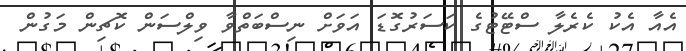
އެއާ އެކު ކެރެލާ ސްޓޭޓުގެ ކަސަރުގޮޑަ އަވަށް ނިސްބަތްވާ ވިލްސަން ކޮޗިން މަގުން